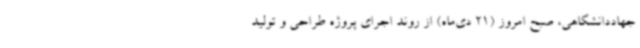
جهاددانشگاهی، صبح امروز (21 دی‌ماه) از روند اجرای پروژه طراحی و تولید